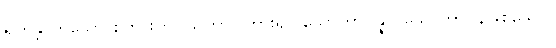
ရဟန္တာဟူသော စကားကို။ သုတွာ၊ ကြား၍။ သောတာပန္နာ၊ သောတာပန်ဖြစ်သော။